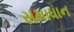
સમાધાન